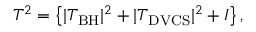
{ \cal T } ^ { 2 } = \left\{ | { \cal T } _ { \mathrm { B H } } | ^ { 2 } + | { \cal T } _ { \mathrm { D V C S } } | ^ { 2 } + { \cal I } \right\} ,